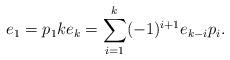
LaTeX: \begin{align*}e_1 = p_1 k e_k = \sum_{i=1}^k (-1)^{i+1} e_{k-i} p_i.\end{align*}